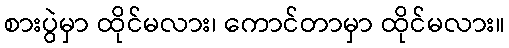
စားပွဲမှာ ထိုင်မလား၊ ကောင်တာမှာ ထိုင်မလား။